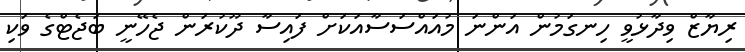
ރިޔާޒް ވިދާޅުވީ ހިނގަމުން އަންނަ މުއައްސަސާއަކަށް ފައިސާ ދޫކުރަން ޖެހޭނީ ބަޖެޓްގެ ވަކި